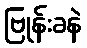
ဗြုန်းခနဲ